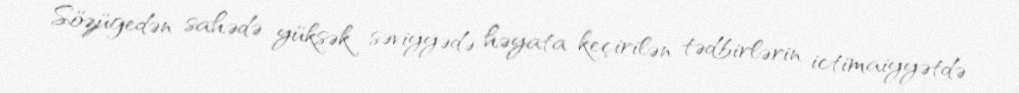
Sözügedən sahədə yüksək səviyyədə həyata keçirilən tədbirlərin ictimaiyyətdə